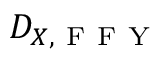
D _ { X , \mathrm { ~ F ~ F ~ Y ~ } }